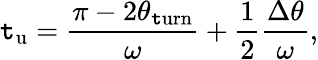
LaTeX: \mathtt{t}_{\mathrm{{u}}}=\frac{{\pi-2\theta_{\mathrm{{\mathtt{t}urn}}}}}{{\omega}}+\frac{{1}}{{2}}\frac{{\Delta\theta}}{{\omega}},